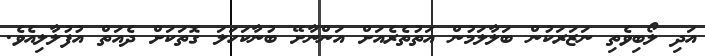
އަދި ލޯބިވެތި ނަޒަރަކުން ބަލާލަމުން އަތުތެރެއަށް އަންނާށޭ ބުނާކަހަލަ ގޮތަކަށް ދެއަތް އުފުލާލިއެވެ.